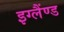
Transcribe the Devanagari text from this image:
इग्लैंण्ड